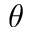
\theta